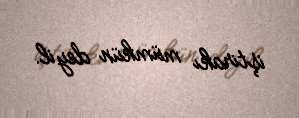
iştirakı mümkün deyil.